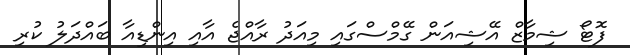
ފޮޓޯ ޝިމާޒް އޭޝިއަން ގޭމްސްގައި މިއަދު ރާއްޖެ އާއި އިންޑިއާ ބައްދަލު ކުރި